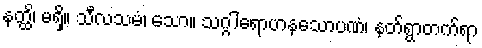
နတ္ထိ၊ မရှိ။ သီလသမံ၊ သော။ သဂ္ဂါရောဟနသောပဏံ၊ နတ်ရွာတက်ရာ